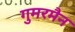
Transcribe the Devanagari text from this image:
गुमरमैन